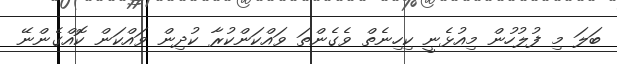
ބަލަ މި ފުލުހުން މިއުޅެނީ ކިހިނެތް ވެގެންތަ ވައްކަންކުރާ ކުދިން ވައްކަން ކޮއްގެންނޭ